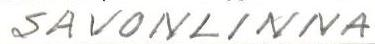
SAVONLINNA